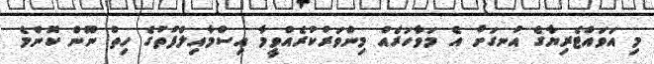
މި އަވައްޓެރިޔާގެ އުނގަށް އެ މަވާހަރެއް މިންވަރުކުރެއްވީމާ އިސްމާއިލްފުތުގެ ހިތް ނޫން ކޮންމެ